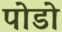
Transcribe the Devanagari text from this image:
पोडो